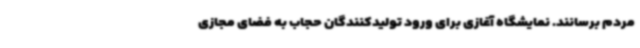
مردم برسانند. نمایشگاه آغازی برای ورود تولیدکنندگان حجاب به فضای مجازی